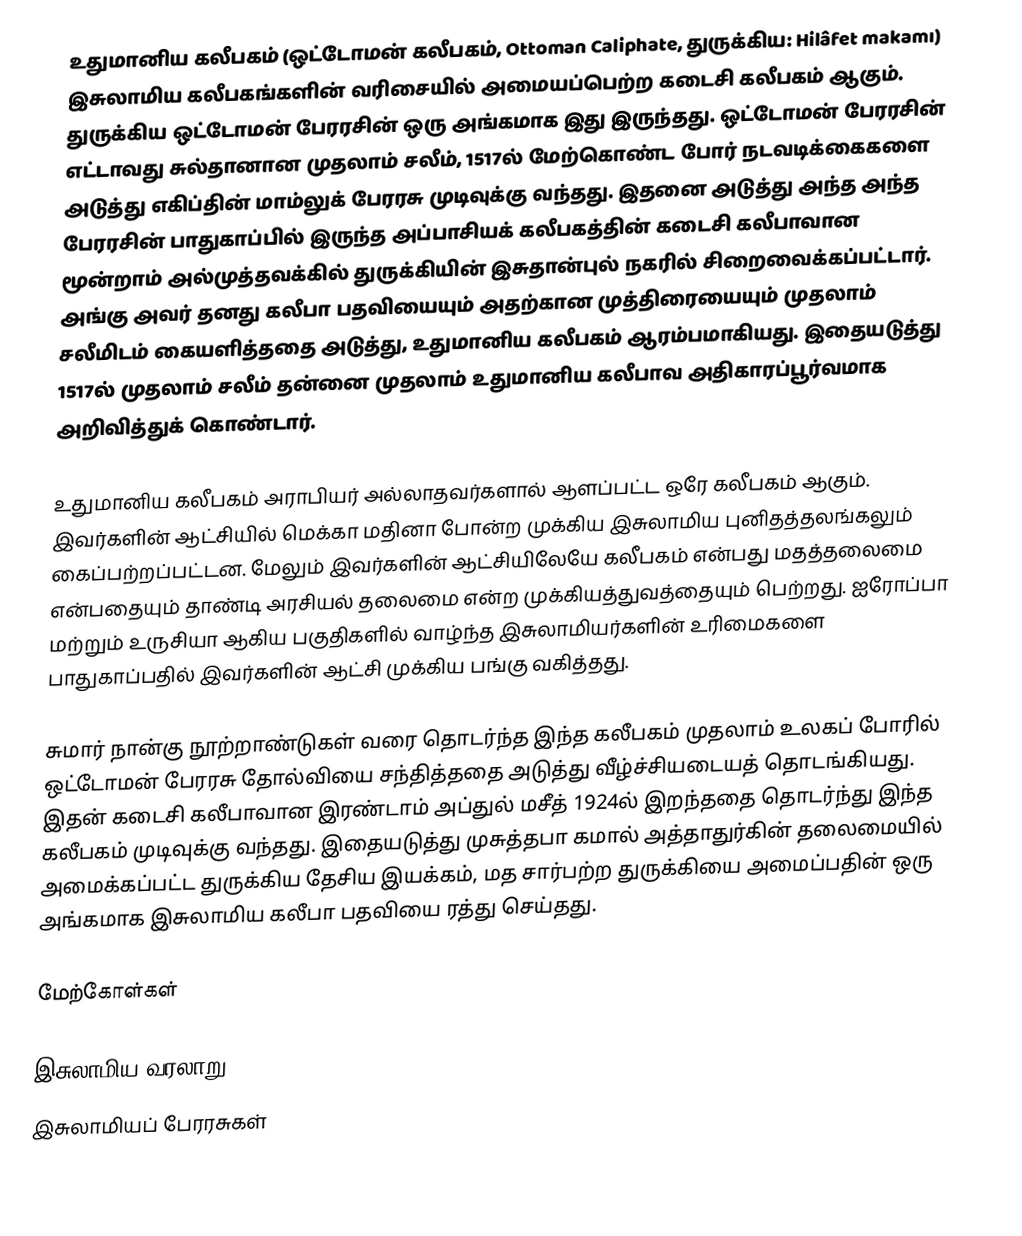
உதுமானிய கலீபகம் (ஒட்டோமன் கலீபகம், Ottoman Caliphate, துருக்கிய: Hilâfet makamı) இசுலாமிய கலீபகங்களின் வரிசையில் அமையப்பெற்ற கடைசி கலீபகம் ஆகும். துருக்கிய ஒட்டோமன் பேரரசின் ஒரு அங்கமாக இது இருந்தது. ஒட்டோமன் பேரரசின் எட்டாவது சுல்தானான முதலாம் சலீம், 1517ல் மேற்கொண்ட போர் நடவடிக்கைகளை அடுத்து எகிப்தின் மாம்லுக் பேரரசு முடிவுக்கு வந்தது. இதனை அடுத்து அந்த அந்த பேரரசின் பாதுகாப்பில் இருந்த அப்பாசியக் கலீபகத்தின் கடைசி கலீபாவான மூன்றாம் அல்முத்தவக்கில் துருக்கியின் இசுதான்புல் நகரில் சிறைவைக்கப்பட்டார். அங்கு அவர் தனது கலீபா பதவியையும் அதற்கான முத்திரையையும் முதலாம் சலீமிடம் கையளித்ததை அடுத்து, உதுமானிய கலீபகம் ஆரம்பமாகியது. இதையடுத்து 1517ல் முதலாம் சலீம் தன்னை முதலாம் உதுமானிய கலீபாவ அதிகாரப்பூர்வமாக அறிவித்துக் கொண்டார்.

உதுமானிய கலீபகம் அராபியர் அல்லாதவர்களால் ஆளப்பட்ட ஒரே கலீபகம் ஆகும். இவர்களின் ஆட்சியில் மெக்கா மதினா போன்ற முக்கிய இசுலாமிய புனிதத்தலங்கலும் கைப்பற்றப்பட்டன. மேலும் இவர்களின் ஆட்சியிலேயே கலீபகம் என்பது மதத்தலைமை என்பதையும் தாண்டி அரசியல் தலைமை என்ற முக்கியத்துவத்தையும் பெற்றது. ஐரோப்பா மற்றும் உருசியா ஆகிய பகுதிகளில் வாழ்ந்த இசுலாமியர்களின் உரிமைகளை பாதுகாப்பதில் இவர்களின் ஆட்சி முக்கிய பங்கு வகித்தது.

சுமார் நான்கு நூற்றாண்டுகள் வரை தொடர்ந்த இந்த கலீபகம் முதலாம் உலகப் போரில் ஒட்டோமன் பேரரசு தோல்வியை சந்தித்ததை அடுத்து வீழ்ச்சியடையத் தொடங்கியது. இதன் கடைசி கலீபாவான இரண்டாம் அப்துல் மசீத் 1924ல் இறந்ததை தொடர்ந்து இந்த கலீபகம் முடிவுக்கு வந்தது. இதையடுத்து முசுத்தபா கமால் அத்தாதுர்கின் தலைமையில் அமைக்கப்பட்ட துருக்கிய தேசிய இயக்கம், மத சார்பற்ற துருக்கியை அமைப்பதின் ஒரு அங்கமாக இசுலாமிய கலீபா பதவியை ரத்து செய்தது.

மேற்கோள்கள்

இசுலாமிய வரலாறு
இசுலாமியப் பேரரசுகள்